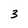
Character: 3